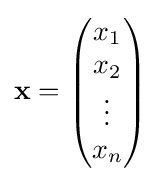
\mathbf {x} ={\begin{pmatrix}x_{1}\\x_{2}\\\vdots \\x_{n}\end{pmatrix}}